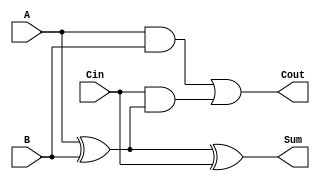
module FullAdder (
    input  wire A,     // First input bit
    input  wire B,     // Second input bit
    input  wire Cin,   // Carry-in bit
    output wire Sum,   // Resulting sum bit
    output wire Cout   // Carry-out bit
);

    // Sum calculation
    assign Sum = A ^ B ^ Cin;

    // Carry-out calculation
    assign Cout = (A & B) | (Cin & (A ^ B));

endmodule